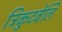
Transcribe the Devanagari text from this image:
त्रिकुटवेलि